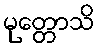
မုတ္တောသိ